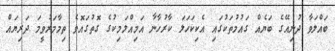
ބައްލަވާ ދުނިއޭގެ ބަޔެއް ގައުމުތަކުގައި އެކިކަހަލަ ކާރުހާނާ އަމިއްލަމިކުގެ ގޮތުގައޮވެ ތިމާމަރުވީމަ ދަރިޔައް